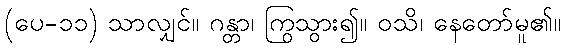
(ပေ-၁၁) သာလျှင်။ ဂန္တာ၊ ကြွသွား၍။ ဝသိ၊ နေတော်မူ၏။